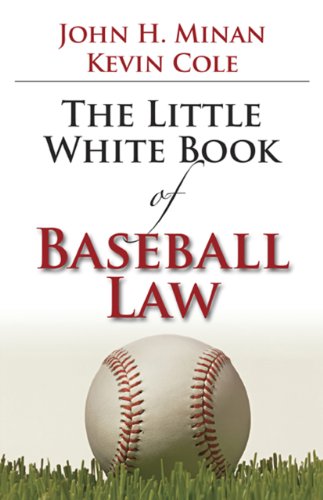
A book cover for The Little Book of Baseball Law (ABA Little Books Series); John H. Minan; Law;